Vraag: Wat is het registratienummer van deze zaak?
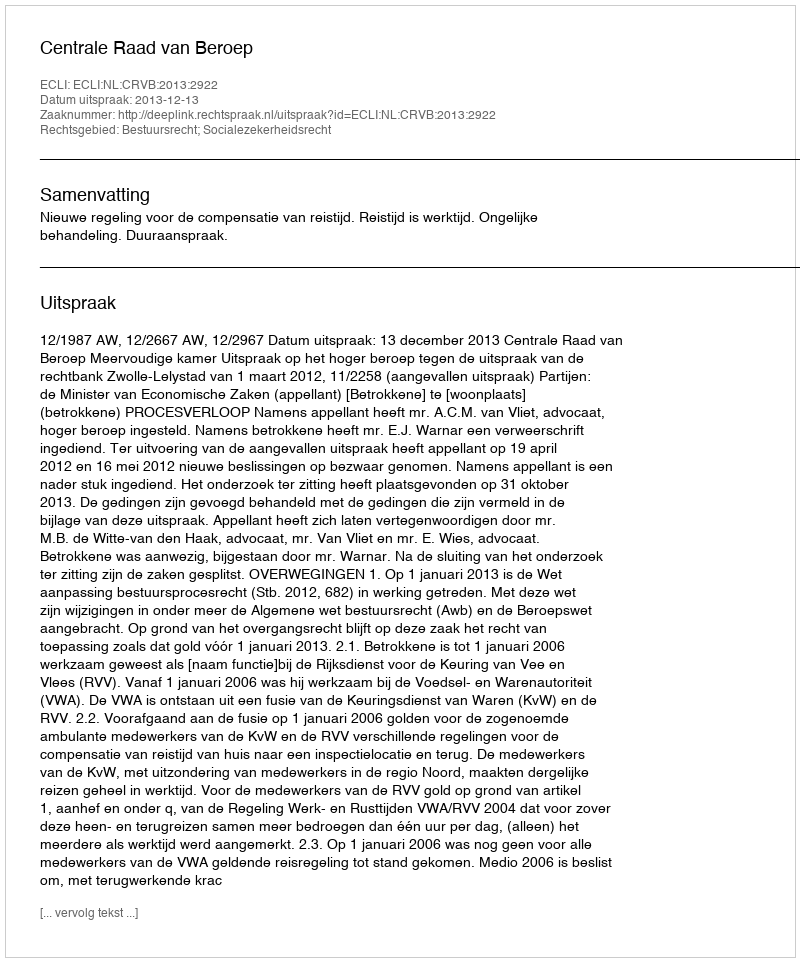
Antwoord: http://deeplink.rechtspraak.nl/uitspraak?id=ECLI:NL:CRVB:2013:2922